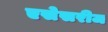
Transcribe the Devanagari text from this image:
एसेसरीज